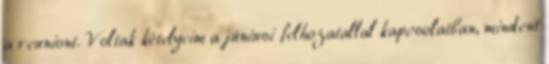
a reuniont. Voltak kételyeim a júniusi felhozatallal kapcsolatban, mindent